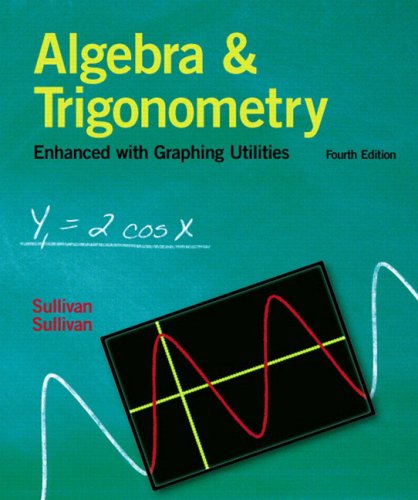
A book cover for Algebra and Trigonometry Enhanced With Graphing Utilities (4th Edition); Michael Sullivan; Science & Math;